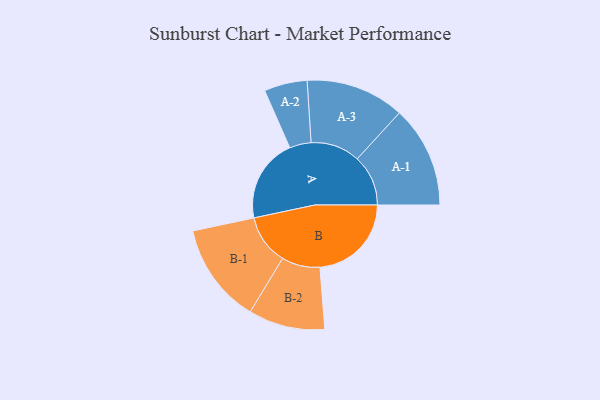
{"axis": {"x": "Segment", "y": "Value"}, "legend": ["", "A", "B"], "data": [{"x": "A", "y": 431, "type": ""}, {"x": "B", "y": 471, "type": ""}, {"x": "A-1", "y": 262, "type": "A"}, {"x": "A-2", "y": 111, "type": "A"}, {"x": "A-3", "y": 254, "type": "A"}, {"x": "B-1", "y": 258, "type": "B"}, {"x": "B-2", "y": 197, "type": "B"}]}